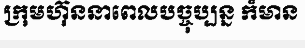
ក្រុមហ៊ុននាពេលបច្ចុប្បន្ន ក៏មាន